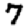
Digit: 7